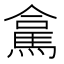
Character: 𮪁